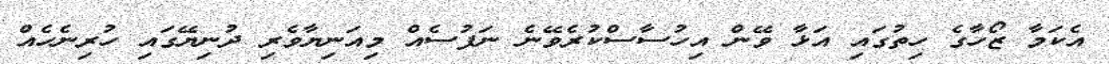
އެކަމާ ޒޯހާގެ ހިތުގައި އަޅާ ވޭން އިހުސާސްކުރެވޭނެ ނަފުސެއް މިއަނިޔާވެރި ދުނިޔޭގައި ހުރިނެހެއް